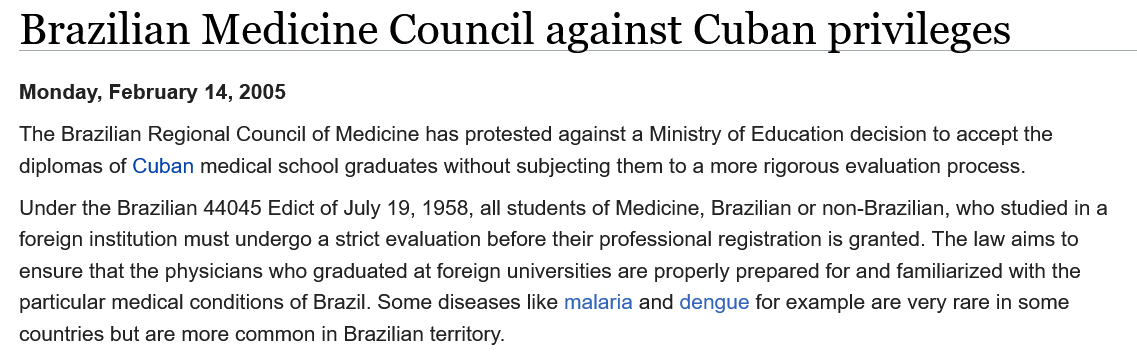
The  Brazilian Regional Council of Medicine has protested against a Ministry of Education decision to accept the
  diplomas of Cuban medical school graduates without subjecting them to a more rigorous evaluation process.
   Under the Brazilian 44045 Edict of July 19, 1958, all students of Medicine, Brazilian or non-Brazilian, who studied in a
  foreign institution must undergo a strict evaluation before their professional registration is granted. The law aims to
  ensure that the physicians who graduated at foreign universities are properly prepared for and familiarized with the
  particular medical conditions of Brazil. Some diseases like malaria and dengue for example are very rare in some
  countries but are more common in Brazilian territory.
  Monday, February   14, 2005
   Brazilian    Medicine    Council    against    Cuban    privileges